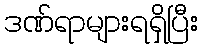
ဒဏ်ရာများရရှိပြီး